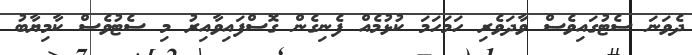
ދެވަނަ ސެޓުގައިވެސް ވާދަވެރި ހަމަހަމަ ކުޅުމެއް ފެނިގެން ގޮސްފައިވާއިރު މި ސެޓުވެސް ކާމިޔާބު